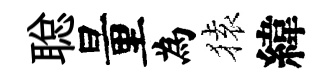
聪量為𫞤緯